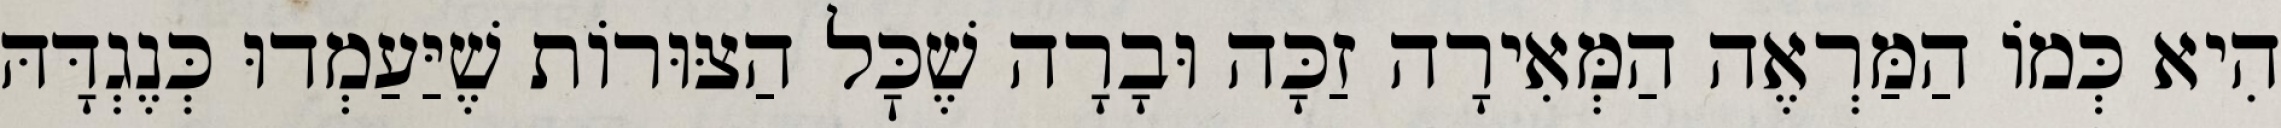
הִיא כְּמוֹ הַמַּרְאֶה הַמְּאִירָה זַכָּה וּבָרָה שֶׁכׇּל הַצּוּרוֹת שֶׁיַּעַמְדוּ כְּנֶגְדָּהּ